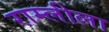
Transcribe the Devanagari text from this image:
राम्लीला